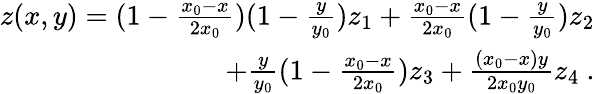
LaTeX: \begin{array}{r}{z(x,y)=(1-\frac{x_{0}-x}{2x_{0}})(1-\frac{y}{y_{0}})z_{1}+\frac{x_{0}-x}{2x_{0}}(1-\frac{y}{y_{0}})z_{2}}\\ {+\frac{y}{y_{0}}(1-\frac{x_{0}-x}{2x_{0}})z_{3}+\frac{(x_{0}-x)y}{2x_{0}y_{0}}z_{4}\ .}\end{array}